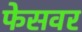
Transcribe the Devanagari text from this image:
फेसवर